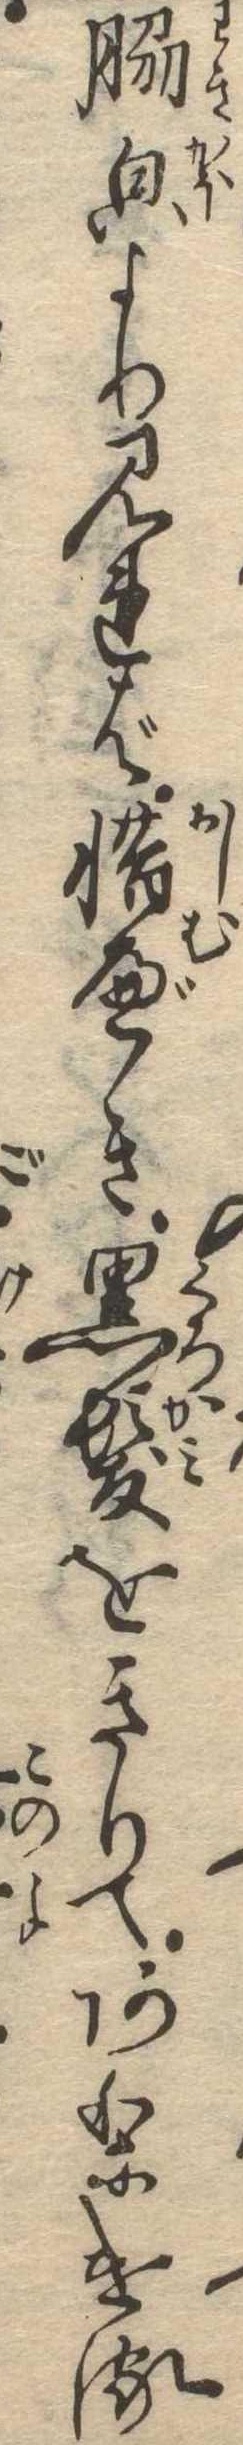
脇より見れば惜べき黒髪をきりてありける